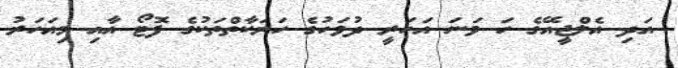
އަދި އެލްޖީއޭގެ ހަ ވަނަ އަހަރީ ދުވަހުގެ ހަރަކާތްތަކުގެ ފޮޓޯ އާއި މިއަހަރު